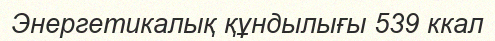
Энергетикалық құндылығы 539 ккал